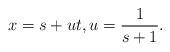
\begin{align*}x = s+ut, u = \frac{1}{s+1}.\end{align*}